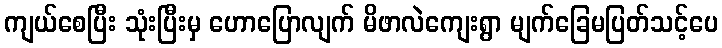
ကျယ်စေပြီး သုံးပြီးမှ ဟောပြောလျက် မိဖာလဲကျေးရွာ မျက်ခြေမပြတ်သင့်ပေ